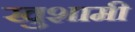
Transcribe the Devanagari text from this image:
खुशामी